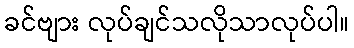
ခင်ဗျား လုပ်ချင်သလိုသာလုပ်ပါ။